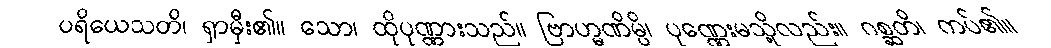
ပရိယေသတိ၊ ရှာမှီး၏။ သော၊ ထိုပုဏ္ဏားသည်။ ဗြာဟ္မဏိမ္ပိ၊ ပုဏ္ဏေးမသို့လည်း။ ဂစ္ဆတိ၊ ကပ်၏။